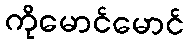
ကိုမောင်မောင်